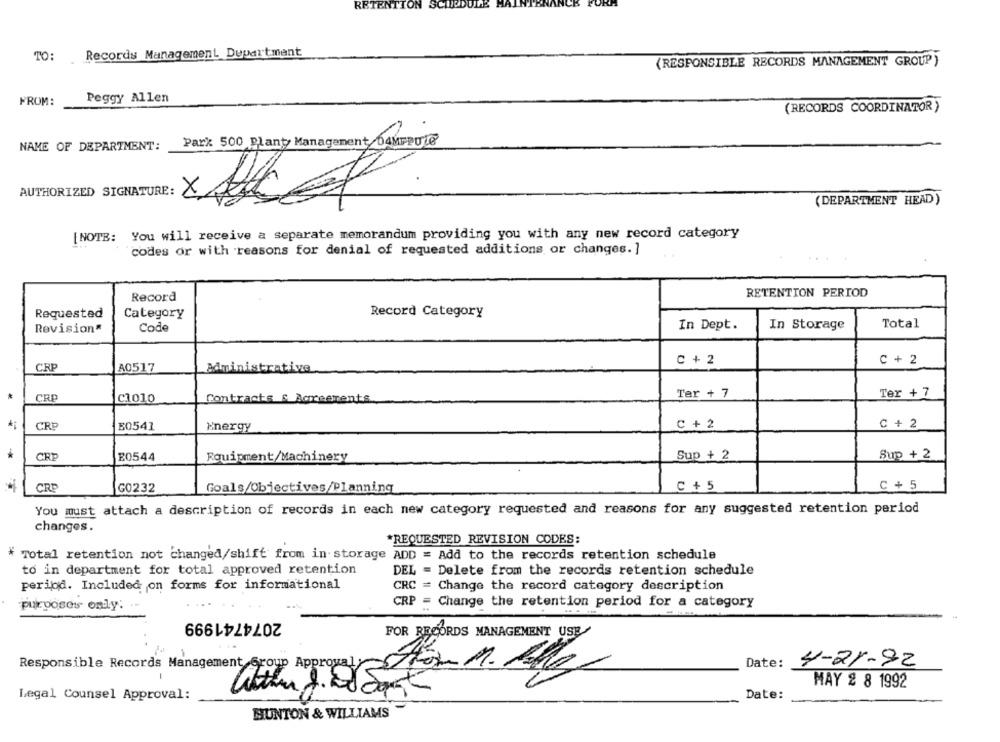
RETENT
TO: Records Management Dupartmant
(RESPONSIBLE RECORDS MANAGEMENT GROUP )
FROM:
Peggy Allen
(RECORDS COORDINATOR )
NAME OF DEPARTMENT:
Park 500 Blant Management DAMPBULe
AUTHORIZED SIGNATURE:
X
(DEPARTMENT HEAD)
[NOTE: You will receive a separate memorandum providing you with any new record category
codes or with reasons for denial of requested additions or changes.]
RETENTION PERIOD
Record
Requested
Category
Record Category
In Dept.
In Storage
Total
Revision
Code
C + 2
C + 2
CRP
A0517
Administrative
Ter + 7
Ter + 7
CRP
C1010
Contracts & Agreements
CRE
B0541
Energy
C + 2
C + 2
CRP
E0544
Equipment/Machinery
Sup + 2
Sup + 2
CRE
G0232
Goals/Objectives/Planning
C + 5
C + 5
You must attach a description of records in each new category requested and reasons for any suggested retention period
changes.
*REQUESTED REVISION CODES:
* Total retention not changed/shift from in storage ADD = Add to the records retention schedule
to in department for total approved retention
DEL = Delete from the records retention schedule
period. Included on forms for informational
CRC = Change the record category description
purposes only:
CRP = Change the retention period for a category
2074741999
FOR RECORDS MANAGEMENT USE
Responsible Records Management group Approvaly
Date:
4-21-92
MAY 2 8 1992
Legal Counsel Approval:
Walther J. ad Sant
Date:
HUNTON & WILLIAMS